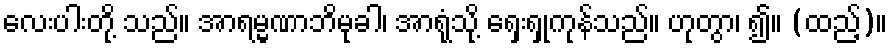
လေးပါးတို့ သည်။ အာရမ္မဏာဘိမုခါ၊ အာရုံသို့ ရှေးရှုကုန်သည်။ ဟုတွာ၊ ၍။ (ထည့်)။